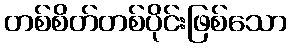
တစ်စိတ်တစ်ပိုင်းဖြစ်သော